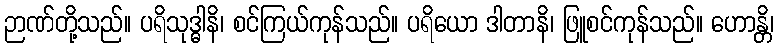
ဉာဏ်တို့သည်။ ပရိသုဒ္ဓါနိ၊ စင်ကြယ်ကုန်သည်။ ပရိယော ဒါတာနိ၊ ဖြူစင်ကုန်သည်။ ဟောန္တိ၊